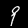
Label: 9